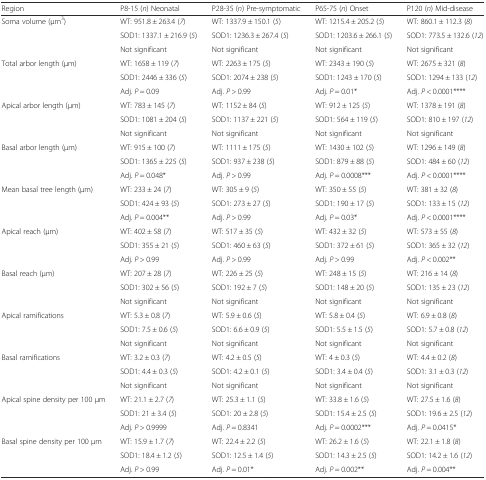
<table><thead><tr><td><b>Region</b></td><td><b>P8-15 (<i>n</i>) Neonatal</b></td><td><b>P28-35 (<i>n</i>) Pre-symptomatic</b></td><td><b>P65-75 (<i>n</i>) Onset</b></td><td><b>P120 (<i>n</i>) Mid-disease</b></td></tr></thead><tbody><tr><td rowspan="3">Soma volume (μm<sup>3</sup>)</td><td>WT: 951.8 ± 263.4 (<i>7</i>)</td><td>WT: 1337.9 ± 150.1 (<i>5</i>)</td><td>WT: 1215.4 ± 205.2 (<i>5</i>)</td><td>WT: 860.1 ± 112.3 (<i>8</i>)</td></tr><tr><td>SOD1: 1337.1 ± 216.9 (<i>5</i>)</td><td>SOD1: 1236.3 ± 267.4 (<i>5</i>)</td><td>SOD1: 1203.6 ± 266.1 (<i>5</i>)</td><td>SOD1: 773.5 ± 132.6 (<i>12</i>)</td></tr><tr><td>Not significant</td><td>Not significant</td><td>Not significant</td><td>Not significant</td></tr><tr><td rowspan="3">Total arbor length (μm)</td><td>WT: 1658 ± 119 (<i>7</i>)</td><td>WT: 2263 ± 175 (<i>5</i>)</td><td>WT: 2343 ± 190 (<i>5</i>)</td><td>WT: 2675 ± 321 (<i>8</i>)</td></tr><tr><td>SOD1: 2446 ± 336 (<i>5</i>)</td><td>SOD1: 2074 ± 238 (<i>5</i>)</td><td>SOD1: 1243 ± 170 (<i>5</i>)</td><td>SOD1: 1294 ± 133 (<i>12</i>)</td></tr><tr><td>Adj. <i>P</i> = 0.09</td><td>Adj. <i>P</i> &gt; 0.99</td><td>Adj. <i>P</i> = 0.01*</td><td>Adj. <i>P</i> &lt; 0.0001****</td></tr><tr><td rowspan="3">Apical arbor length (μm)</td><td>WT: 783 ± 145 (<i>7</i>)</td><td>WT: 1152 ± 84 (<i>5</i>)</td><td>WT: 912 ± 125 (<i>5</i>)</td><td>WT: 1378 ± 191 (<i>8</i>)</td></tr><tr><td>SOD1: 1081 ± 204 (<i>5</i>)</td><td>SOD1: 1137 ± 221 (<i>5</i>)</td><td>SOD1: 564 ± 119 (<i>5</i>)</td><td>SOD1: 810 ± 197 (<i>12</i>)</td></tr><tr><td>Not significant</td><td>Not significant</td><td>Not significant</td><td>Not significant</td></tr><tr><td rowspan="3">Basal arbor length (μm)</td><td>WT: 915 ± 100 (<i>7</i>)</td><td>WT: 1111 ± 175 (<i>5</i>)</td><td>WT: 1430 ± 102 (<i>5</i>)</td><td>WT: 1296 ± 149 (<i>8</i>)</td></tr><tr><td>SOD1: 1365 ± 225 (<i>5</i>)</td><td>SOD1: 937 ± 238 (<i>5</i>)</td><td>SOD1: 879 ± 88 (<i>5</i>)</td><td>SOD1: 484 ± 60 (<i>12</i>)</td></tr><tr><td>Adj. <i>P</i> = 0.048*</td><td>Adj. <i>P</i> &gt; 0.99</td><td>Adj. <i>P</i> = 0.0008***</td><td>Adj. <i>P</i> &lt; 0.0001****</td></tr><tr><td rowspan="3">Mean basal tree length (μm)</td><td>WT: 233 ± 24 (<i>7</i>)</td><td>WT: 305 ± 9 (<i>5</i>)</td><td>WT: 350 ± 55 (<i>5</i>)</td><td>WT: 381 ± 32 (<i>8</i>)</td></tr><tr><td>SOD1: 424 ± 93 (<i>5</i>)</td><td>SOD1: 273 ± 27 (<i>5</i>)</td><td>SOD1: 190 ± 17 (<i>5</i>)</td><td>SOD1: 133 ± 15 (<i>12</i>)</td></tr><tr><td>Adj. <i>P</i> = 0.004**</td><td>Adj. <i>P</i> &gt; 0.99</td><td>Adj. <i>P</i> = 0.03*</td><td>Adj. <i>P</i> &lt; 0.0001****</td></tr><tr><td rowspan="3">Apical reach (μm)</td><td>WT: 402 ± 58 (<i>7</i>)</td><td>WT: 517 ± 35 (<i>5</i>)</td><td>WT: 432 ± 32 (<i>5</i>)</td><td>WT: 573 ± 55 (<i>8</i>)</td></tr><tr><td>SOD1: 355 ± 21 (<i>5</i>)</td><td>SOD1: 460 ± 63 (<i>5</i>)</td><td>SOD1: 372 ± 61 (<i>5</i>)</td><td>SOD1: 365 ± 32 (<i>12</i>)</td></tr><tr><td>Adj. <i>P</i> &gt; 0.99</td><td>Adj. <i>P</i> &gt; 0.99</td><td>Adj. <i>P</i> &gt; 0.99</td><td>Adj. <i>P</i> &lt; 0.002**</td></tr><tr><td rowspan="3">Basal reach (μm)</td><td>WT: 207 ± 28 (<i>7</i>)</td><td>WT: 226 ± 25 (<i>5</i>)</td><td>WT: 248 ± 15 (<i>5</i>)</td><td>WT: 216 ± 14 (<i>8</i>)</td></tr><tr><td>SOD1: 302 ± 56 (<i>5</i>)</td><td>SOD1: 192 ± 7 (<i>5</i>)</td><td>SOD1: 148 ± 20 (<i>5</i>)</td><td>SOD1: 135 ± 23 (<i>12</i>)</td></tr><tr><td>Not significant</td><td>Not significant</td><td>Not significant</td><td>Not significant</td></tr><tr><td rowspan="3">Apical ramifications</td><td>WT: 5.3 ± 0.8 (<i>7</i>)</td><td>WT: 5.9 ± 0.6 (<i>5</i>)</td><td>WT: 5.8 ± 0.4 (<i>5</i>)</td><td>WT: 6.9 ± 0.8 (<i>8</i>)</td></tr><tr><td>SOD1: 7.5 ± 0.6 (<i>5</i>)</td><td>SOD1: 6.6 ± 0.9 (<i>5</i>)</td><td>SOD1: 5.5 ± 1.5 (<i>5</i>)</td><td>SOD1: 5.7 ± 0.8 (<i>12</i>)</td></tr><tr><td>Not significant</td><td>Not significant</td><td>Not significant</td><td>Not significant</td></tr><tr><td rowspan="3">Basal ramifications</td><td>WT: 3.2 ± 0.3 (<i>7</i>)</td><td>WT: 4.2 ± 0.5 (<i>5</i>)</td><td>WT: 4 ± 0.3 (<i>5</i>)</td><td>WT: 4.4 ± 0.2 (<i>8</i>)</td></tr><tr><td>SOD1: 4.4 ± 0.3 (<i>5</i>)</td><td>SOD1: 4.2 ± 0.1 (<i>5</i>)</td><td>SOD1: 3.4 ± 0.4 (<i>5</i>)</td><td>SOD1: 3.1 ± 0.3 (<i>12</i>)</td></tr><tr><td>Not significant</td><td>Not significant</td><td>Not significant</td><td>Not significant</td></tr><tr><td rowspan="3">Apical spine density per 100 μm</td><td>WT: 21.1 ± 2.7 (<i>7</i>)</td><td>WT: 25.3 ± 1.1 (<i>5</i>)</td><td>WT: 33.8 ± 1.6 (<i>5</i>)</td><td>WT: 27.5 ± 1.6 (<i>8</i>)</td></tr><tr><td>SOD1: 21 ± 3.4 (<i>5</i>)</td><td>SOD1: 20 ± 2.8 (<i>5</i>)</td><td>SOD1: 15.4 ± 2.5 (<i>5</i>)</td><td>SOD1: 19.6 ± 2.5 (<i>12</i>)</td></tr><tr><td>Adj. <i>P</i> &gt; 0.9999</td><td>Adj. <i>P</i> = 0.8341</td><td>Adj. <i>P</i> = 0.0002***</td><td>Adj. <i>P</i> = 0.0415*</td></tr><tr><td rowspan="3">Basal spine density per 100 μm</td><td>WT: 15.9 ± 1.7 (<i>7</i>)</td><td>WT: 22.4 ± 2.2 (<i>5</i>)</td><td>WT: 26.2 ± 1.6 (<i>5</i>)</td><td>WT: 22.1 ± 1.8 (<i>8</i>)</td></tr><tr><td>SOD1: 18.4 ± 1.2 (<i>5</i>)</td><td>SOD1: 12.5 ± 1.4 (<i>5</i>)</td><td>SOD1: 14.3 ± 2.5 (<i>5</i>)</td><td>SOD1: 14.2 ± 1.6 (<i>12</i>)</td></tr><tr><td>Adj. <i>P</i> &gt; 0.99</td><td>Adj. <i>P</i> = 0.01*</td><td>Adj. <i>P</i> = 0.002**</td><td>Adj. <i>P</i> = 0.004**</td></tr></tbody></table>